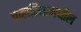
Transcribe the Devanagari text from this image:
बव्हारियामधील